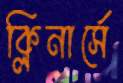
ক্লিনার্সে